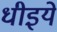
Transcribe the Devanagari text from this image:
धीइये